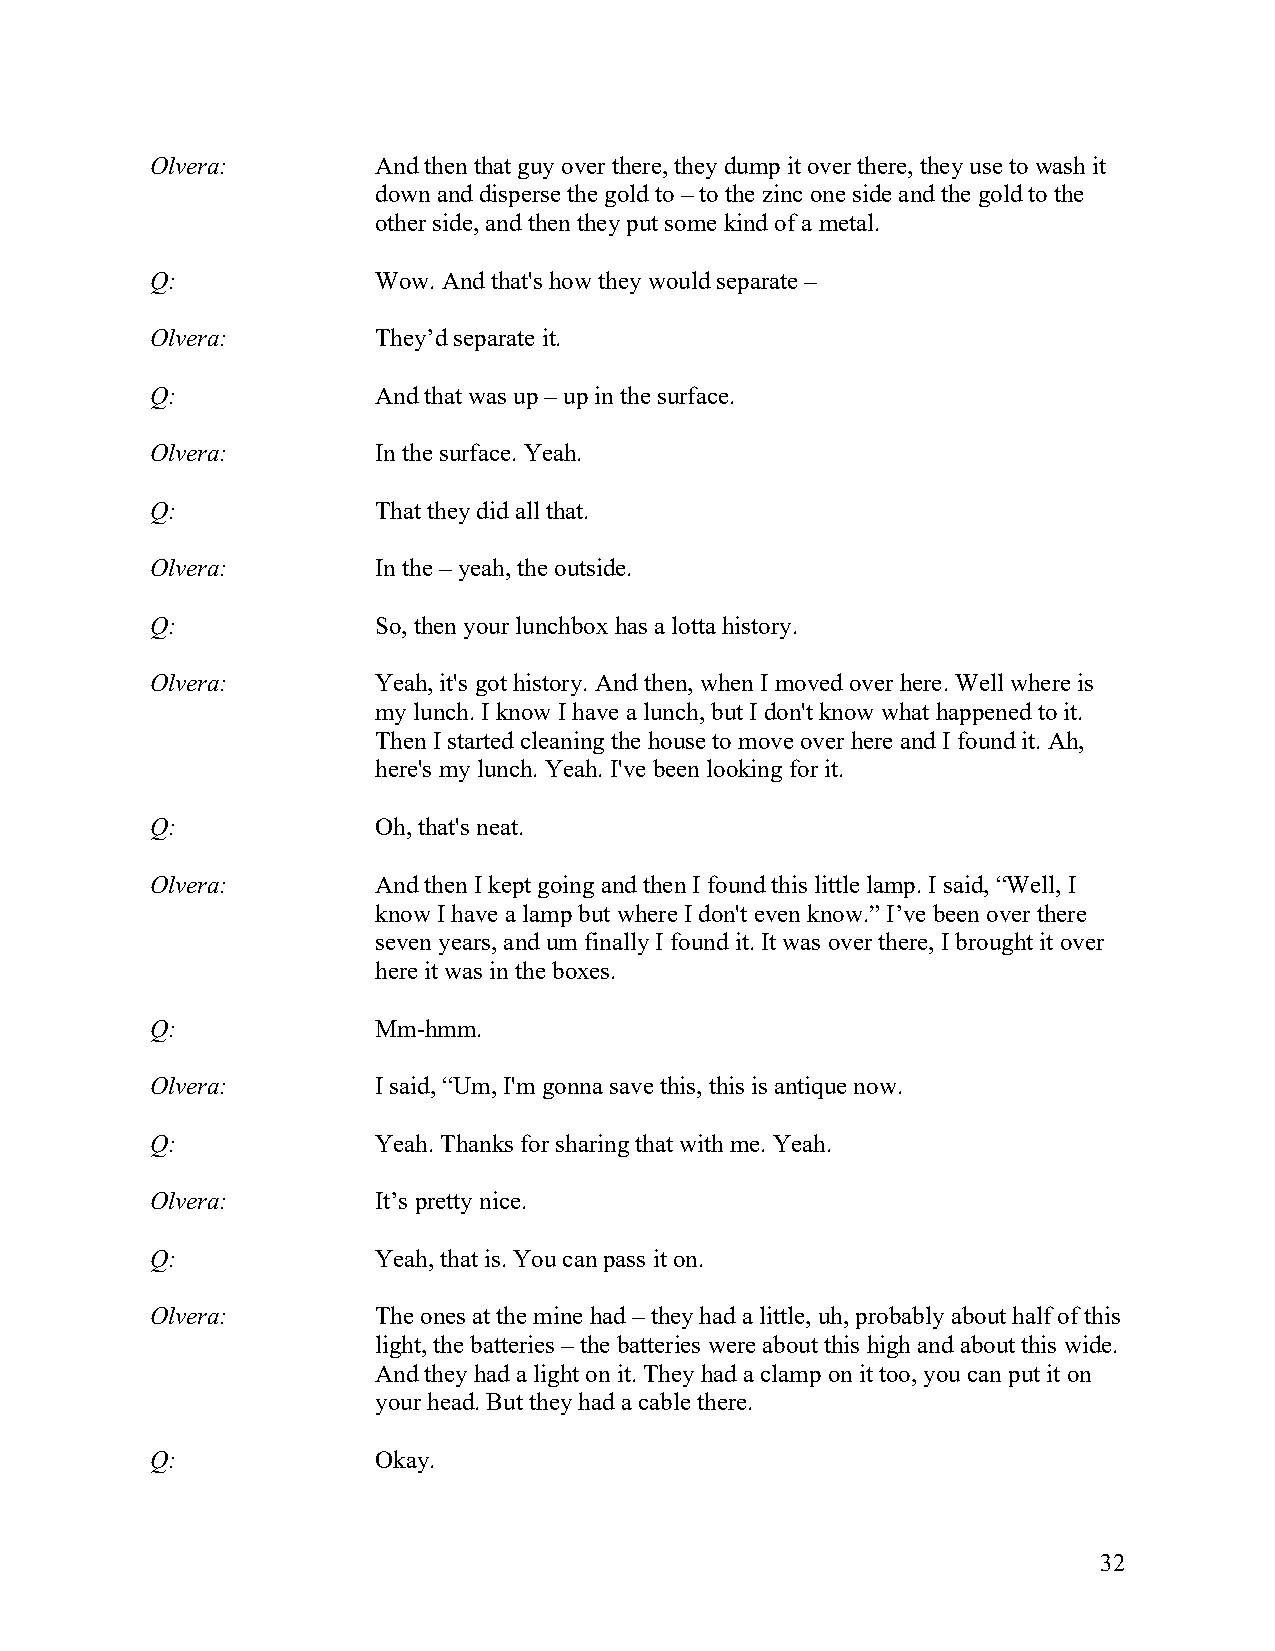
Olvera:        And then that guy over there, they dump it over there, they use to wash it
 down and disperse the gold to – to the zinc one side and the gold to the
 other side, and then they put some kind of a metal.
 Q:             Wow. And that's how they would separate –
 Olvera:        They’d separate it.
 Q:             And that was up – up in the surface.
 Olvera:        In the surface. Yeah.
 Q:             That they did all that.
 Olvera:        In the – yeah, the outside.
 Q:             So, then your lunchbox has a lotta history.
 Olvera:        Yeah, it's got history. And then, when I moved over here. Well where is
 my lunch. I know I have a lunch, but I don't know what happened to it.
 Then I started cleaning the house to move over here and I found it. Ah,
 here's my lunch. Yeah. I've been looking for it.
 Q:             Oh, that's neat.
 Olvera:        And then I kept going and then I found this little lamp. I said, “Well, I
 know I have a lamp but where I don't even know.” I’ve been over there
 seven years, and um finally I found it. It was over there, I brought it over
 here it was in the boxes.
 Q:             Mm-hmm.
 Olvera:        I said, “Um, I'm gonna save this, this is antique now.
 Q:             Yeah. Thanks for sharing that with me. Yeah.
 Olvera:        It’s pretty nice.
 Q:             Yeah, that is. You can pass it on.
 Olvera:        The ones at the mine had – they had a little, uh, probably about half of this
 light, the batteries – the batteries were about this high and about this wide.
 And they had a light on it. They had a clamp on it too, you can put it on
 your head. But they had a cable there.
 Q:             Okay.
 32